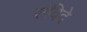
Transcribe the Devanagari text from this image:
संविदे